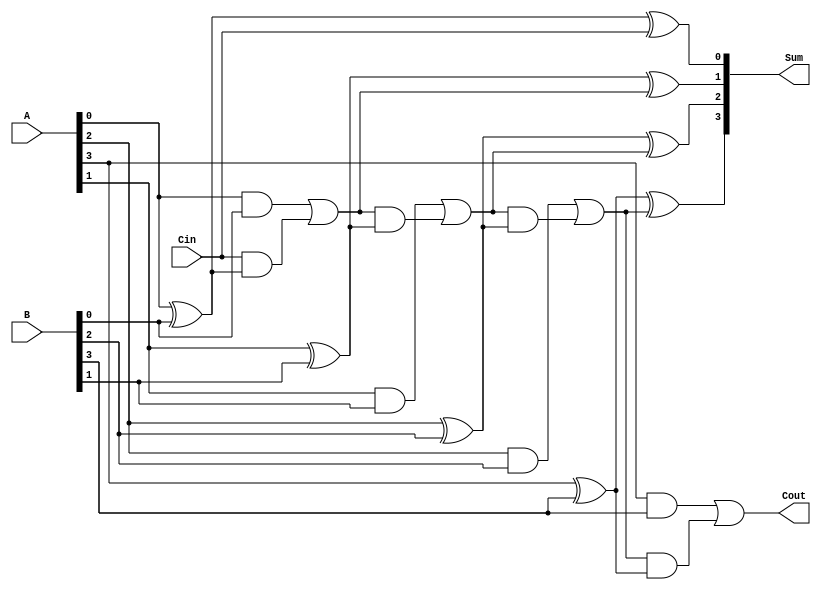
module ManchesterCarryChainAdder #(
    parameter WIDTH = 4 // Bit-width of the adder
)(
    input  wire [WIDTH-1:0] A,   // First operand
    input  wire [WIDTH-1:0] B,   // Second operand
    input  wire Cin,               // Carry input
    output wire [WIDTH-1:0] Sum,   // Sum output
    output wire Cout              // Carry output
);

    // Internal carry wires
    wire [WIDTH:0] carry; // Carry chain of WIDTH + 1 to include initial carry

    // Assign initial carry input
    assign carry[0] = Cin;

    // Generate the carry and sum for each bit
    genvar i;
    generate
        for (i = 0; i < WIDTH; i = i + 1) begin: carry_chain
            wire A_i = A[i];
            wire B_i = B[i];
            
            // Carry generation
            assign carry[i + 1] = (A_i & B_i) | (carry[i] & (A_i ^ B_i));
            
            // Sum calculation
            assign Sum[i] = A_i ^ B_i ^ carry[i];
        end
    endgenerate

    // Final carry out
    assign Cout = carry[WIDTH];

endmodule